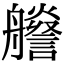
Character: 𦫁